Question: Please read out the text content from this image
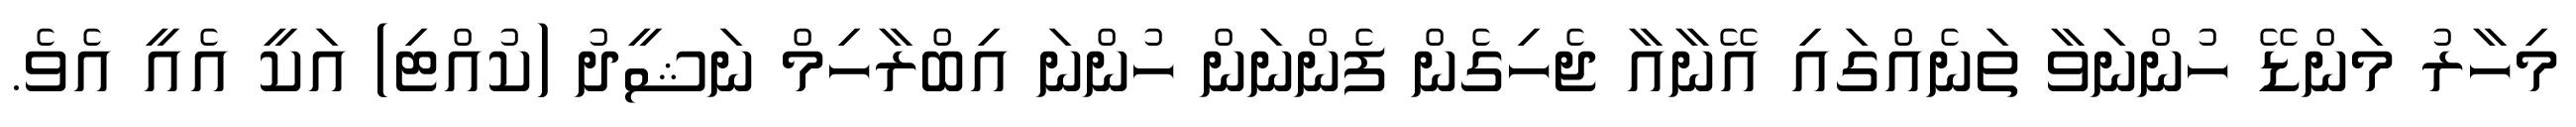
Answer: މިހާރު މަންޑޭ ހުންނަވާ ތަނެއްގައި އޭނާއާ ޖެހިގެން ފެންނަން ހުންނަ އިބްރާހިމް ނަޝީދު (ކުއްޓި) އަކީ އެއީ އެވެ.